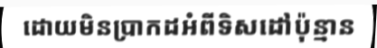
ដោយមិនប្រាកដអំពីទិសដៅប៉ុន្មាន